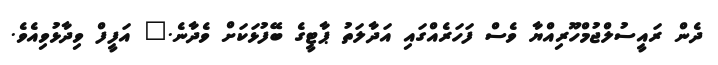
ދެން ރައީސުލްޖުމްހޫރިއްޔާ ވެސް ފަހަރެއްގައި އަދާލަތު ޕާޓީގެ ބޭފުޅަކަށް ވެދާނެ." އަފީފް ވިދާޅުވިއެވެ.